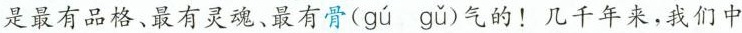
是最有品格、最有灵魂、最有骨 ( gú gǔ ) 气的！几千年来，我们中